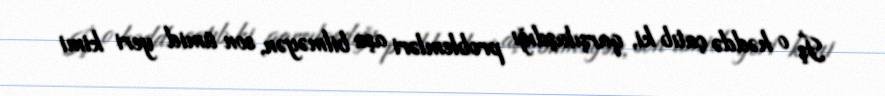
İş o həddə çatıb ki, qarşılaşdığı problemləri aşa bilməyən, son ümid yeri kimi